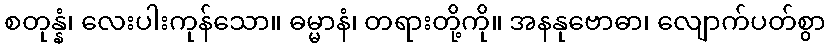
စတုန္နံ၊ လေးပါးကုန်သော။ ဓမ္မာနံ၊ တရားတို့ကို။ အနနုဗောဓာ၊ လျောက်ပတ်စွာ